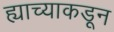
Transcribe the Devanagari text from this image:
ह्याच्याकडून